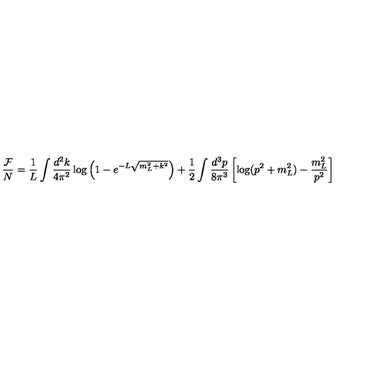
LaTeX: \frac { { \cal F } } { N } = \frac { 1 } { L } \int \frac { d ^ { 2 } k } { 4 \pi ^ { 2 } } \log \left( 1 - e ^ { - L \sqrt { m _ { L } ^ { 2 } + k ^ { 2 } } } \right) + \frac { 1 } { 2 } \int \frac { d ^ { 3 } p } { 8 \pi ^ { 3 } } \left[ \log ( p ^ { 2 } + m _ { L } ^ { 2 } ) - \frac { m _ { L } ^ { 2 } } { p ^ { 2 } } \right]